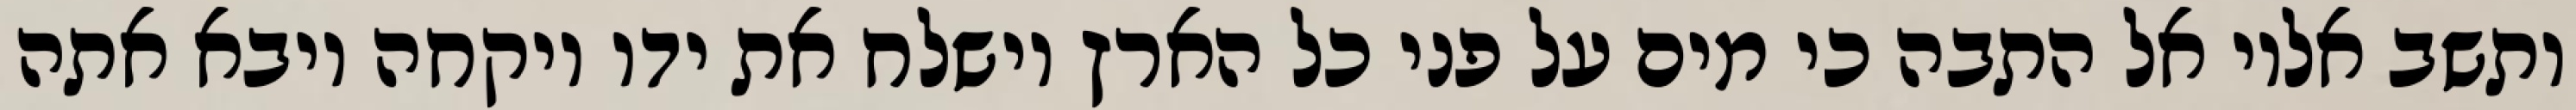
ותשב אליו אל התבה כי מים על פני כל הארץ וישלח את ידו ויקחה ויבא אתה